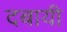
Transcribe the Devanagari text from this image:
दबायी